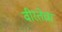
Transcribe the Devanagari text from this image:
वीरतेचा